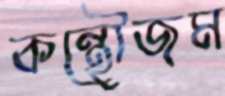
কন্থৌজম